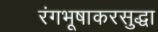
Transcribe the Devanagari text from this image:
रंगभूषाकरसुद्धा